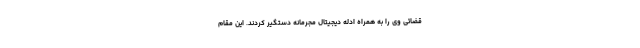
قضائی وی را به همراه ادله دیجیتال مجرمانه دستگیر کردند. این مقام